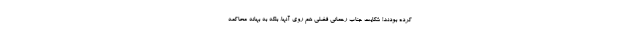
کرده بودند! شکایت جناب رحمانی فضلی هم روی آنها، بلکه به بهانه محاکمه